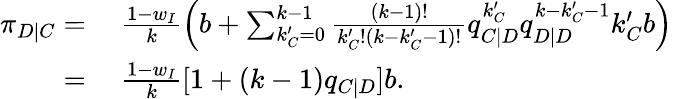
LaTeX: \begin{array}{rl}{\pi_{D|C}=}&{{}~\frac{1-w_{I}}{k}\left(b+\sum_{k_{C}^{\prime}=0}^{k-1}{\frac{(k-1)!}{k_{C}^{\prime}!(k-k_{C}^{\prime}-1)!}q_{C|D}^{k_{C}^{\prime}}q_{D|D}^{k-k_{C}^{\prime}-1}k_{C}^{\prime}b}\right)}\\ {=}&{{}~\frac{1-w_{I}}{k}[1+(k-1)q_{C|D}]b.}\end{array}